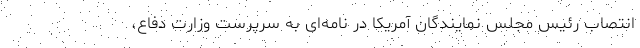
انتصاب رئیس مجلس نمایندگان آمریکا در نامه‌ای به سرپرست وزارت دفاع،